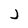
Character: j